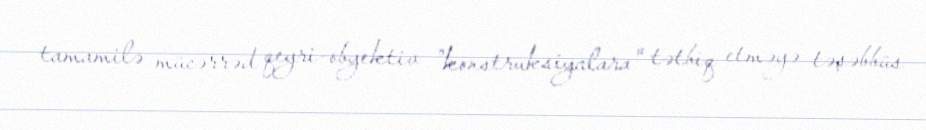
tamamilə mücərrəd qeyri-obyektiv "konstruksiyalara" tətbiq etməyə təşəbbüs